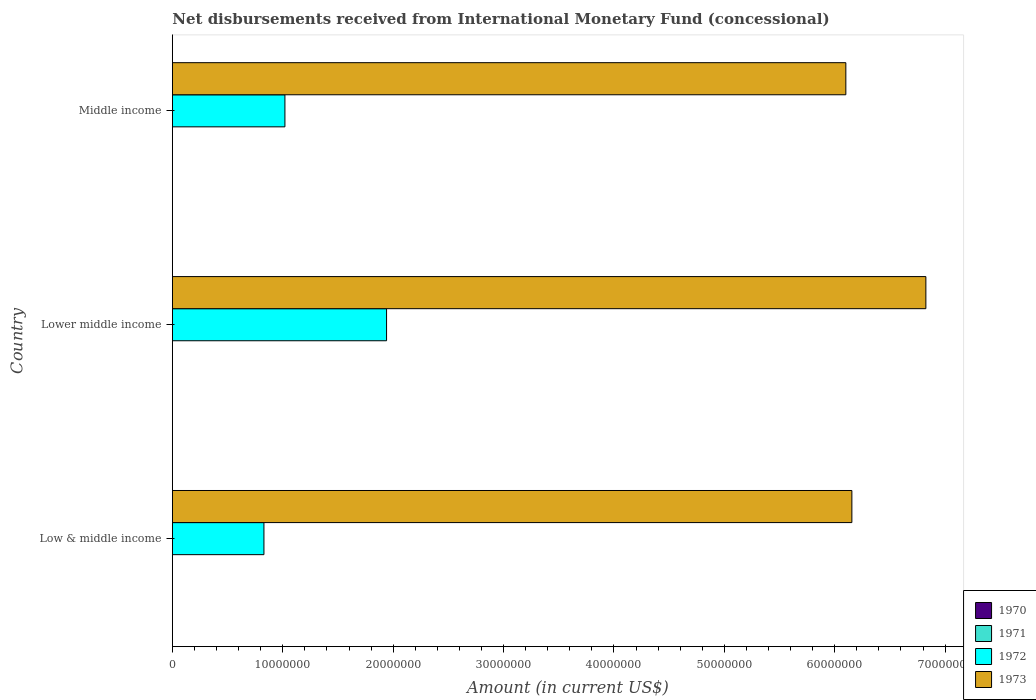
| Country | 1970 | 1971 | 1972 | 1973 |
 | --- | --- | --- | --- | --- |
 | Low & middle income | -2.02e+08 | -1.57e+07 | 8.3e+06 | 6.16e+07 |
 | Lower middle income | -2.02e+08 | -4.76e+06 | 1.94e+07 | 6.83e+07 |
 | Middle income | -2.02e+08 | -1.22e+07 | 1.02e+07 | 6.1e+07 |